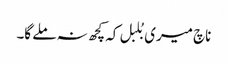
ناچ میری بُلبل کہ کچھ نہ ملے گا۔